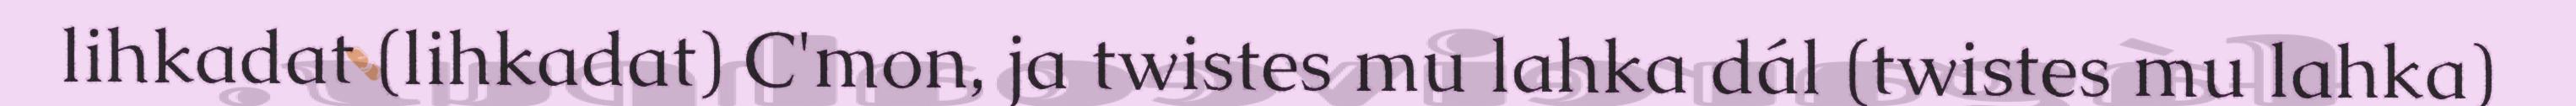
lihkadat (lihkadat) C'mon, ja twistes mu lahka dál (twistes mu lahka)